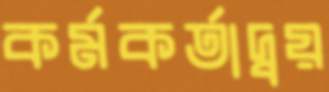
কর্মকর্তাদ্বয়